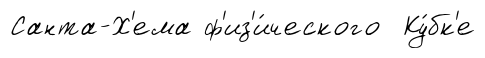
Санта-Х'ема ф'из'и́ческого Ку́бк'е